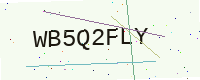
Text: WB5Q2FLY